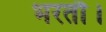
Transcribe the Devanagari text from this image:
भरतौ।